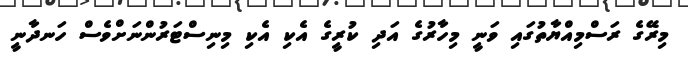
މިރޭގެ ރަސްމިއްޔާތުގައި ވަނީ މިހާރުގެ އަދި ކުރީގެ އެކި އެކި މިނިސްޓަރުންނަށްވެސް ހަނދާނީ